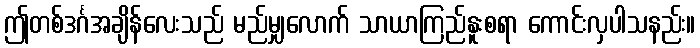
ဤတစ်ဒင်္ဂအချိန်လေးသည် မည်မျှလောက် သာယာကြည်နူးစရာ ကောင်းလှပါသနည်း။